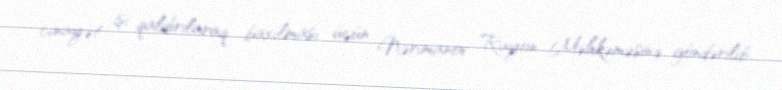
cinayət işi qaldırılaraq baxılması üçün Nərimanov Rayon Məhkəməsinə göndərilib.